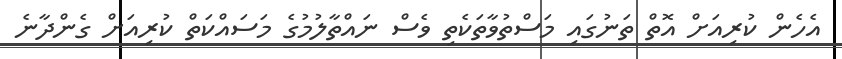
އެހެން ކުރިއަށް އޮތް ތަނުގައި މަސްތުވާތަކެތި ވެސް ނައްތާލުމުގެ މަސައްކަތް ކުރިއަށް ގެންދާނެ